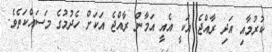
ކުރުމާއި އަދި ރާއްޖެ އަކީ އެއީ އަމާން ރާއްޖެ އަކަށް ހެދުމުގެ މަސައްކަތެވެ.